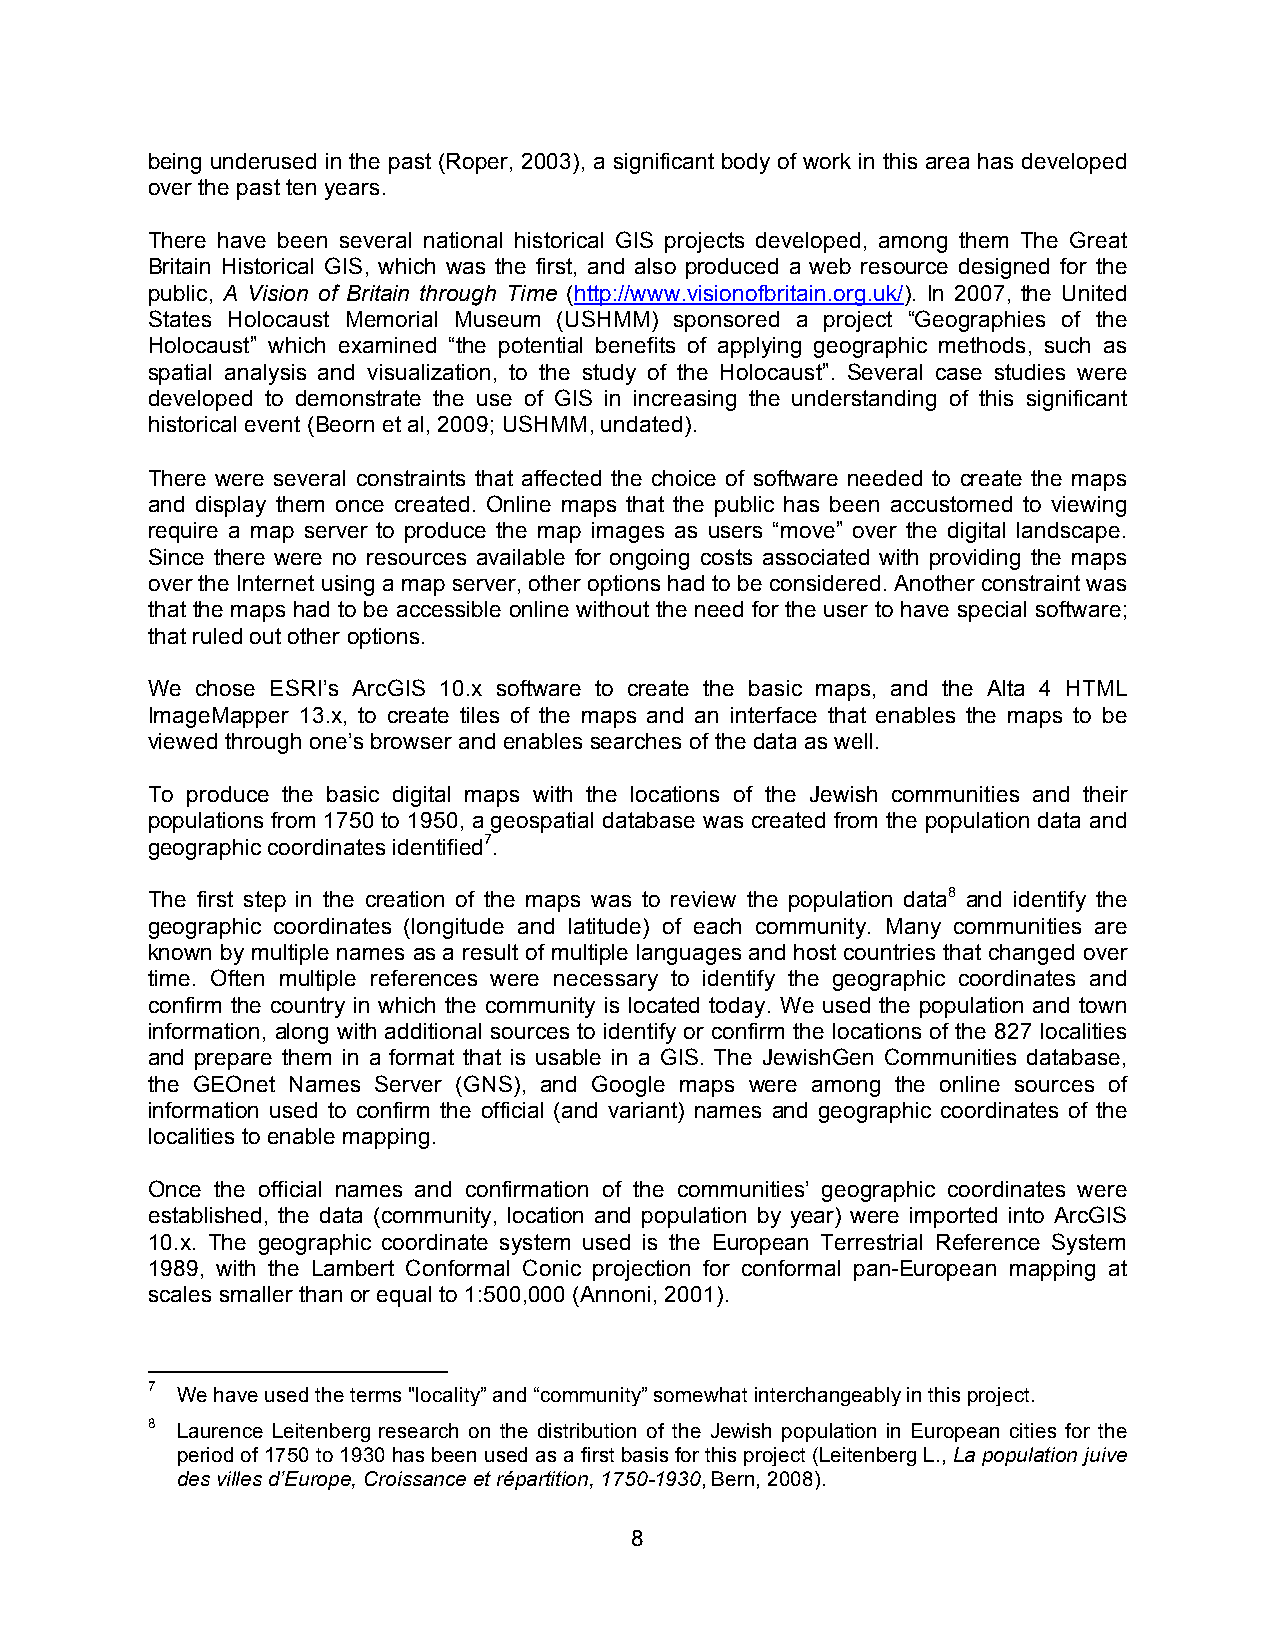
being underused in the past (Roper, 2003), a significant body of work in this area has developed
 over the past ten years.
 There have been several national historical GIS projects developed, among them The Great
 Britain Historical GIS, which was the first, and also produced a web resource designed for the
 public, A Vision of Britain through Time (http://www.visionofbritain.org.uk/). In 2007, the United
 States Holocaust Memorial Museum (USHMM) sponsored a project “Geographies of the
 Holocaust” which examined “the potential benefits of applying geographic methods, such as
 spatial analysis and visualization, to the study of the Holocaust”. Several case studies were
 developed to demonstrate the use of GIS in increasing the understanding of this significant
 historical event (Beorn et al, 2009; USHMM, undated).
 There were several constraints that affected the choice of software needed to create the maps
 and display them once created. Online maps that the public has been accustomed to viewing
 require a map server to produce the map images as users “move” over the digital landscape.
 Since there were no resources available for ongoing costs associated with providing the maps
 over the Internet using a map server, other options had to be considered. Another constraint was
 that the maps had to be accessible online without the need for the user to have special software;
 that ruled out other options.
 We chose ESRI’s ArcGIS 10.x software to create the basic maps, and the Alta 4 HTML
 ImageMapper 13.x, to create tiles of the maps and an interface that enables the maps to be
 viewed through one’s browser and enables searches of the data as well.
 To produce the basic digital maps with the locations of the Jewish communities and their
 populations from 1750 to 1950, a geospatial database was created from the population data and
 geographic coordinates identified7.
 The first step in the creation of the maps was to review the population data8 and identify the
 geographic coordinates (longitude and latitude) of each community. Many communities are
 known by multiple names as a result of multiple languages and host countries that changed over
 time. Often multiple references were necessary to identify the geographic coordinates and
 confirm the country in which the community is located today. We used the population and town
 information, along with additional sources to identify or confirm the locations of the 827 localities
 and prepare them in a format that is usable in a GIS. The JewishGen Communities database,
 the GEOnet Names Server (GNS), and Google maps were among the online sources of
 information used to confirm the official (and variant) names and geographic coordinates of the
 localities to enable mapping.
 Once the official names and confirmation of the communities’ geographic coordinates were
 established, the data (community, location and population by year) were imported into ArcGIS
 10.x. The geographic coordinate system used is the European Terrestrial Reference System
 1989, with the Lambert Conformal Conic projection for conformal pan-European mapping at
 scales smaller than or equal to 1:500,000 (Annoni, 2001).
 7 We have used the terms "locality” and “community” somewhat interchangeably in this project.
 8 Laurence Leitenberg research on the distribution of the Jewish population in European cities for the
 period of 1750 to 1930 has been used as a first basis for this project (Leitenberg L., La population juive
 des villes d’Europe, Croissance et répartition, 1750-1930, Bern, 2008).
 8